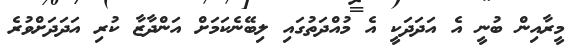
މީރާއިން ބުނީ އެ އަދަދަކީ އެ މުއްދަތުގައި ލިބޭނެކަމަށް އަންދާޒާ ކުރި އަދަދަށްވުރެ